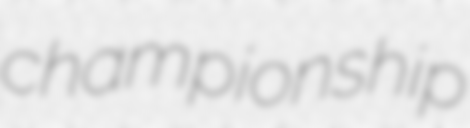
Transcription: championship